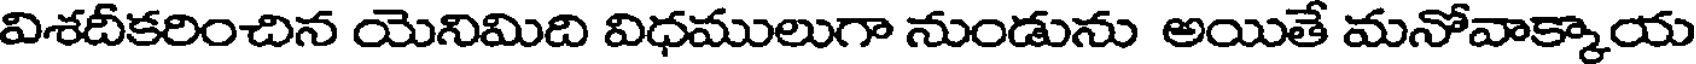
విశదీకరించిన యెనిమిది విధములుగా నుండును అయితే మనోవాక్కాయ